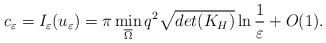
\begin{align*}c_\varepsilon=I_\varepsilon(u_\varepsilon)=\pi \min\limits_{\overline{\Omega} }q^2\sqrt{det(K_H)}\ln\frac{1}{\varepsilon}+O(1).\end{align*}